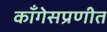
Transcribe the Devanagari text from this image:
काँगेसप्रणीत